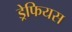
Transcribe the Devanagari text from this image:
ड्रेफियस